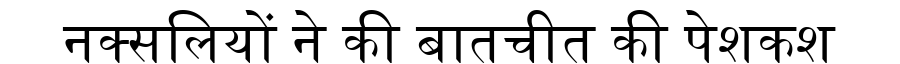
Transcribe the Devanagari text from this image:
नक्सलियों ने की बातचीत की पेशकश